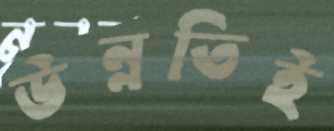
উন্নতিই